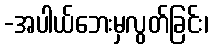
-အပါယ်ဘေးမှလွတ်ခြင်း၊